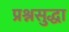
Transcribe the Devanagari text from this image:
प्रश्नसुद्धा